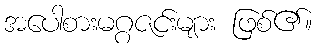
အပေါစားမဂ္ဂဇင်းများ ဖြစ်၏။